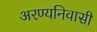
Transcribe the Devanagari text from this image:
अरण्यनिवासी